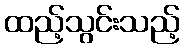
ထည့်သွင်းသည့်